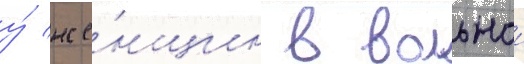
у́ же́нщин в вольнои